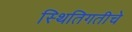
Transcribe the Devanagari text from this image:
स्थितिगतीचे